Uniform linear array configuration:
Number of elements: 48
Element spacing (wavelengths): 0.5
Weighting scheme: uniform
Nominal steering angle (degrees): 15
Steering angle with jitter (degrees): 13.652
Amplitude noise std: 0.05
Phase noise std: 0.05

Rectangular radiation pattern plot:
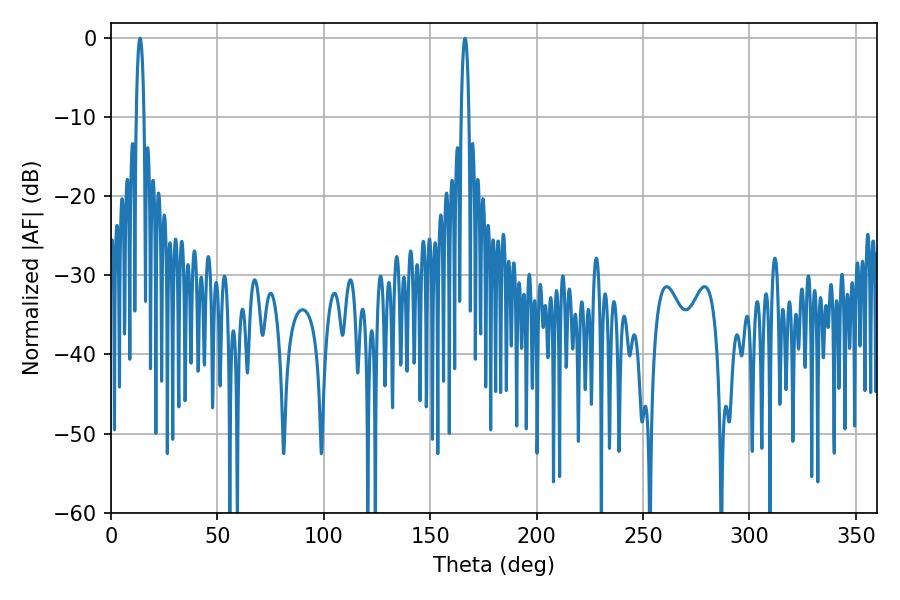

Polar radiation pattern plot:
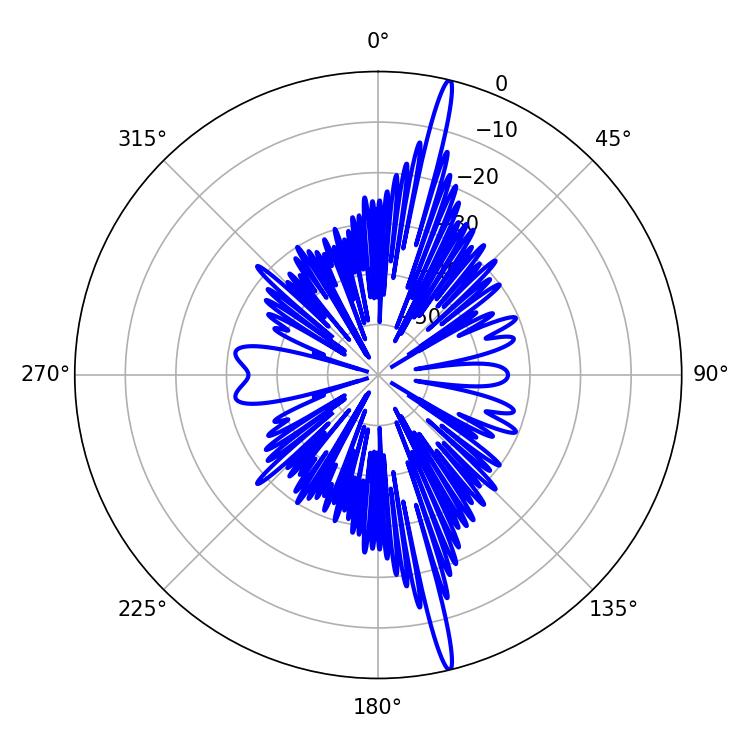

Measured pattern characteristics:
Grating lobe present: FALSE
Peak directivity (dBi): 19.977
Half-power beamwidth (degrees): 1.98
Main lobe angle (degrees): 13.68